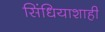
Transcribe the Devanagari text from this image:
सिंधियाशाही